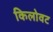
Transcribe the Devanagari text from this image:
किलोवट